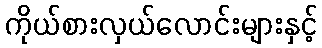
ကိုယ်စားလှယ်လောင်းများနှင့်